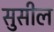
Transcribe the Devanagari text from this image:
सुसील